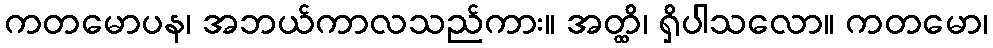
ကတမောပန၊ အဘယ်ကာလသည်ကား။ အတ္ထိ၊ ရှိပါသလော။ ကတမော၊